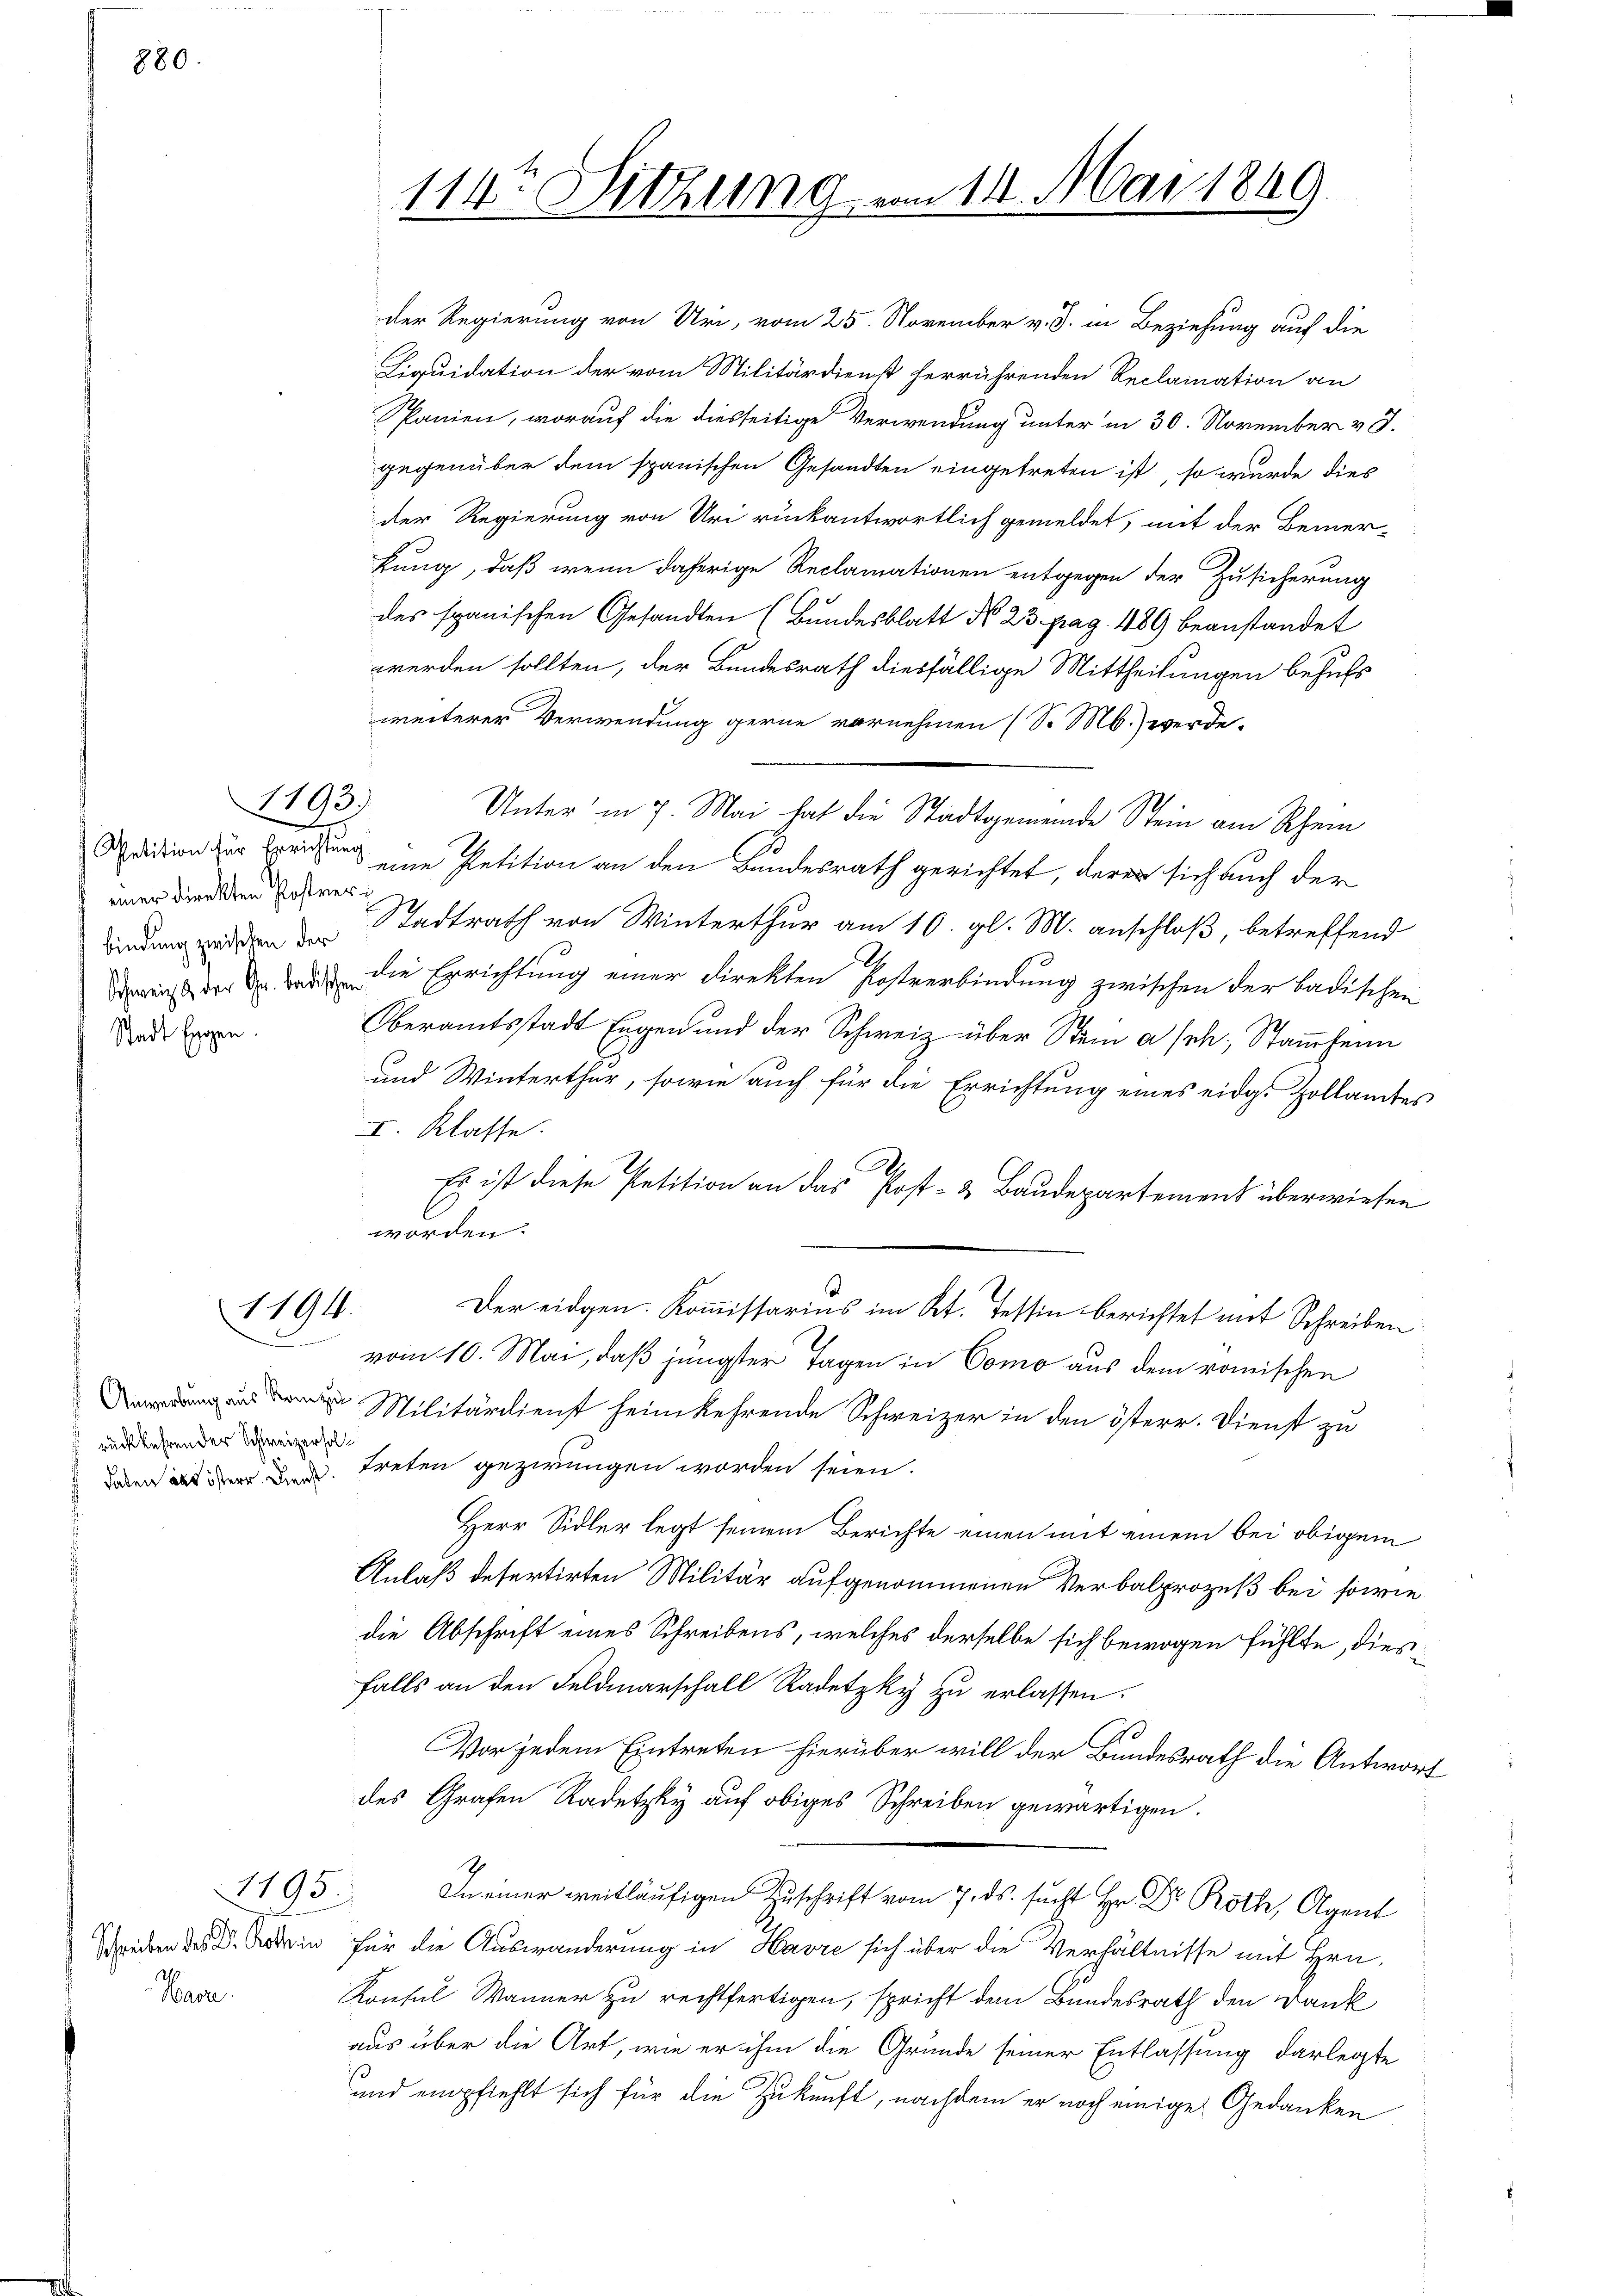
880.

einer direkten Postver
Stadt Eggen.

rückkehren der Schweizerhol¬

Schreiben des Dr. Kothin
Vaca

1193.

1194.

1195

114. Sitzung vom 14. Mai 1869.

der Regierung von Uri, vom 25. November v. J. in Beziehung auf die
Liquidation der vom Militärdienst herrührenden Reclamation an
Spanien, worauf die diesseitige Verwendung unter in 30. November v. J.
gegenüber dem spanischen Gesandten eingetreten ist, so wurde dies
der Regierung von Uri rückantwortlich gemeldet, mit der Bemer-
kung, daß wenn daherige Reclamationen entgegen der Zusicherung
des spanischen Gesandten (Bundesblatt No 23. pag. 489 beanstandet
werden sollten, der Bundesrath diesfällige Mittheilungen behufs
weiterer Verwendung gerne vornehmen (S. M.) werde.
Unter in 7. Mai hat die Stadtgemeinde Stein am Schein
Odition zur Errichtung eine Petition an den Bundesrath gerichtet, deren sich auch der
windung werden der Stadtrath von Winterthur am 10. gl. M. anschloß, betreffend
ericht der   die Errichtung einer Direkten Postverbindung zwischen der badischen
Oberamtsstadt Engen und der Schweiz über Stein asch. Stammheim
und Winterthur, sowie auch für die Errichtung eines eidg. Hollamtes
I. Klasse.
2.
Es ist diese Petition an das Post- & Baudepartement überwiesen
worden.
Der eidgen. Kommissarius im Kt. Tessin berichtet mit Schreiben
vom 10. Mai, daß jüngster Tagen in Como aus dem römischen
Militärdienst heimkehrende Schweizer in den österr. Dienst zu
Wen alt der der treten gezwungen worden seien.
Herr Sidler legt seinem Berichte einen mit einem bei obigem
Anlaß defertirten Militär aufgenommenen Verbalprozeß bei sowie
die Abschrift eines Schreibens, welches derselbe sich bewogen fühlte, diesfalls an den Feldmarschall Radetzky zu erlassen.
Vor jedem Eintreten hierüber will der Bundesrath die Antwort
des Grafen Radetzky auf obiges Schreiben gewärtigen.
h
In einer weitläufigen Zuschrift vom 7. ds. sucht Hr. Dr Roth, Agent
für die Auswanderung in Havre sich über die Verhältnisse mit Hrn.
Konsul Männer zu rechtfertigen, spricht dem Bundesrath den Dank
aus über die Art, wie er ihm die Grunde seiner Entlassung darlegte
und empfiehlt sich für die Zukunft, nachdem er noch einige Gedanken